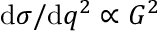
\mathrm { d } \sigma / \mathrm { d } q ^ { 2 } \propto G ^ { 2 }